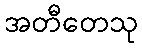
အတီတေသု